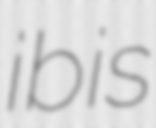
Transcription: ibis